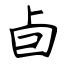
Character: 卣